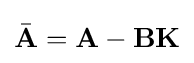
{\bar {\mathbf {A} }}=\mathbf {A} -\mathbf {B} \mathbf {K}